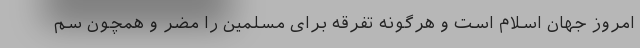
امروز جهان اسلام است و هرگونه تفرقه برای مسلمین را مضر و همچون سم